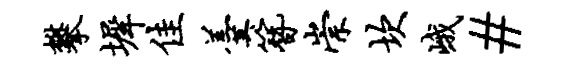
攀墀佳羹簪崇坎峨#